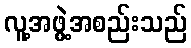
လူ့အဖွဲ့အစည်းသည်